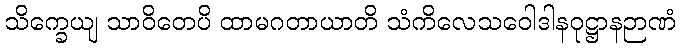
သိက္ခေယျ သာဝိတေပိ ထာမဂတာယာတိ သံကိလေသဝေါဒါနဝုဋ္ဌာနဉာဏံ